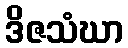
ဒိဇသံဃာ